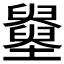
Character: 𡓵